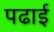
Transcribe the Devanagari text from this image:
पढार्इ